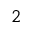
2